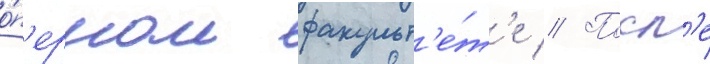
о́п'ерном факульт'е́т'е // Посл'е